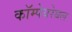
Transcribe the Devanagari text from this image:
कॉम्पेयरेबल